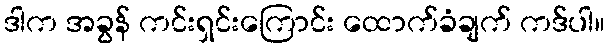
ဒါက အခွန် ကင်းရှင်းကြောင်း ထောက်ခံချက် ကဒ်ပါ။